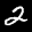
Label: 2